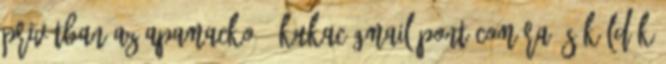
privátban az apamacko75 kukac gmail pont com-ra és küldök